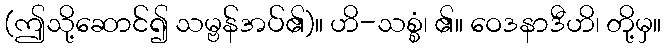
(ဤသို့ဆောင်၍ သမ္ဗန်အပ်၏)။ ဟိ-သစ္စံ၊ ၏။ ဝေဒနာဒီဟိ၊ တို့မှ။